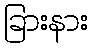
ခြားနား